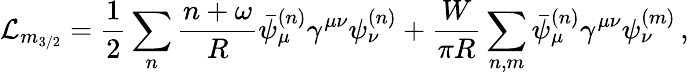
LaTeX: \mathcal{L}_{m_{3/2}}=\frac{1}{2}\sum_{n}\frac{n+\omega}{R}\bar{\psi}_{\mu}^{(n)}\gamma^{\mu\nu}\psi_{\nu}^{(n)}+\frac{W}{\pi R}\sum_{n,m}\bar{\psi}_{\mu}^{(n)}\gamma^{\mu\nu}\psi_{\nu}^{(m)}\, ,